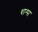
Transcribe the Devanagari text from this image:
थाग्स